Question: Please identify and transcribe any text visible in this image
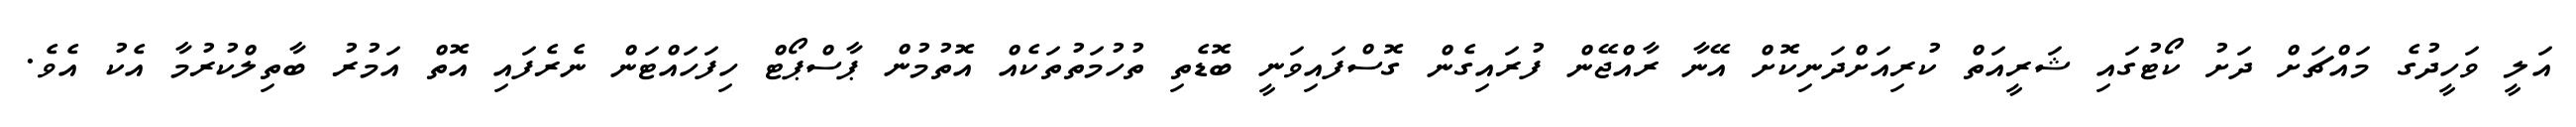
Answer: އަލީ ވަހީދުގެ މައްޗަށް ދަށު ކޯޓުގައި ޝަރީއަތް ކުރިއަށްދަނިކޮށް އޭނާ ރާއްޖޭން ފުރައިގެން ގޮސްފައިވަނީ ބޮޑެތި ތުހުމަތުތަކެއް އޮތުމުން ޕާސްޕޯޓް ހިފަހައްޓަން ނެރެފައި އޮތް އަމުރު ބާތިލްކުރުމާ އެކު އެވެ.